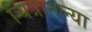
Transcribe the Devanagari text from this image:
चित्रातल्या